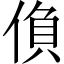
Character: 偩